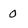
Character: 0